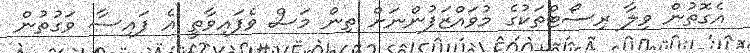
އެގޮތުން ވިލާ ރިސޯޓްތަކުގެ މުވައްޒަފުންނަށް ތިން މަސް ވެފައިވާތީ އެ ފައިސާ ވަގުތުން